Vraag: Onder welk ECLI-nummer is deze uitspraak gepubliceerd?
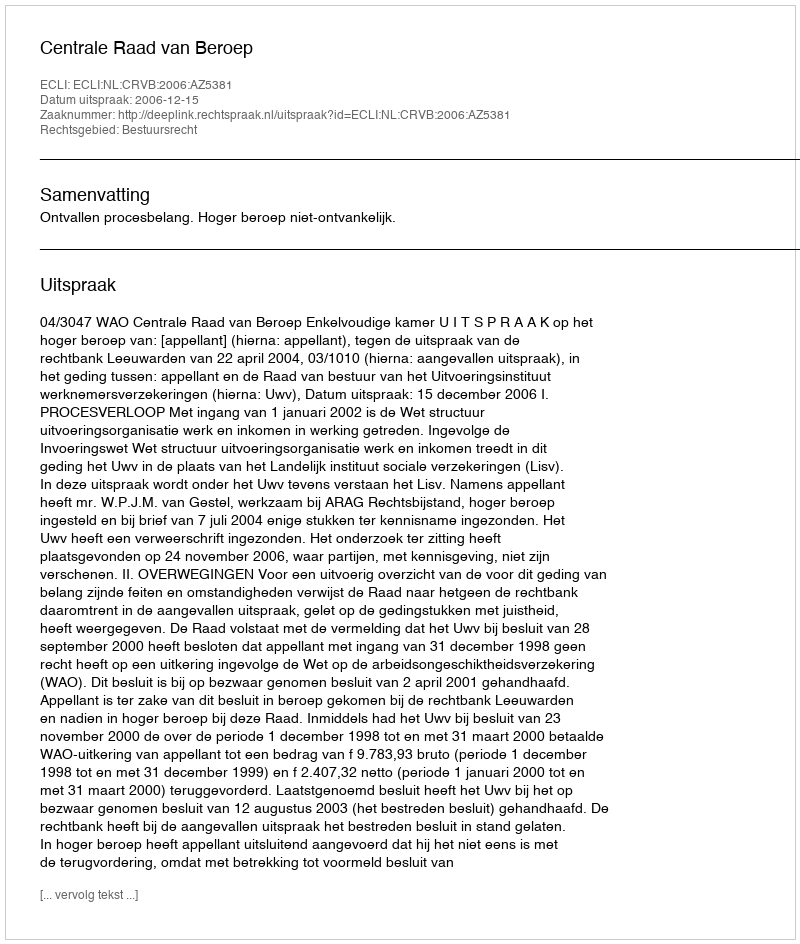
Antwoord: ECLI:NL:CRVB:2006:AZ5381